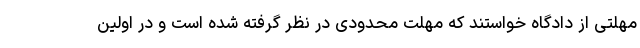
مهلتی از دادگاه خواستند که مهلت محدودی در نظر گرفته شده است و در اولین